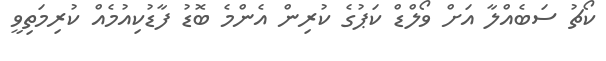
ކޯޗު ސަބެއްލާ އަށް ވޯލްޑް ކަޕުގެ ކުރިން އެންމެ ބޮޑު ފާޑުކިއުމެއް ކުރިމަތިވީ